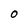
Character: O